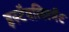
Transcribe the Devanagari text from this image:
इस्टैबलिश्मेंट